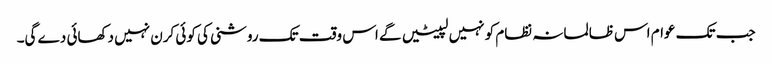
جب تک عوام اس ظالمانہ نظام کو نہیں لپیٹیں گے اس وقت تک روشنی کی کوئی کرن نہیں دکھائی دے گی۔